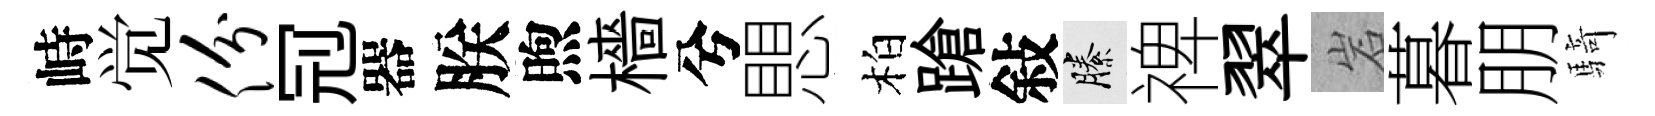
峙觉份𠜍器朕煦檣兮愳柏蹌敍縢禆翠岩暮朋騎